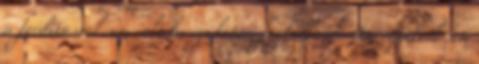
a fordítással sem volt hangulatom foglalkozni. De egyikről sem